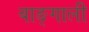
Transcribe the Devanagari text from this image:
बाङ्गाली